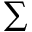
\scriptstyle \sum